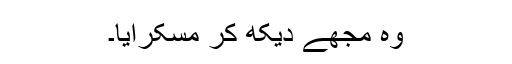
وہ مجھے دیکھ کر مسکرایا۔